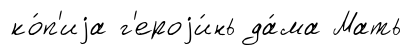
ко́п'иjа г'ероjи́нь да́ма Мать